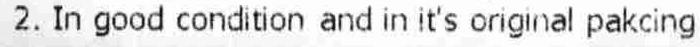
2. IN GOOD CONDITION AND IN IT'S ORIGINAL PAKCING